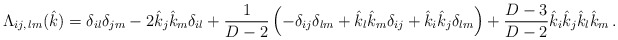
\begin{align*}\Lambda_{ij,\,lm}(\hat{k})=\delta_{il}\delta_{jm} -2\hat{k}_j \hat{k}_m \delta_{il} +\frac{1}{D-2}\left (-\delta_{ij}\delta_{lm} + \hat{k}_l \hat{k}_m \delta_{ij} +\hat{k}_i \hat{k}_j \delta_{lm}\right ) +\frac{D-3}{D-2}\hat{k}_i \hat{k}_j \hat{k}_l \hat{k}_m \,.\end{align*}